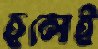
হলেই